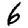
Digit: 6